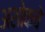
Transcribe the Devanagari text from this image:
अशोकचे